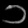
Digit: ၁